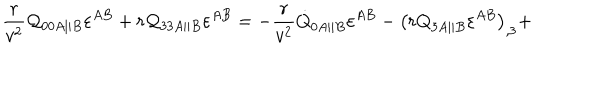
\frac r { v ^ { 2 } } { \cal Q } _ { 0 0 A | | B } \varepsilon ^ { A B } + r { \cal Q } _ { 3 3 A | | B } \varepsilon ^ { A B } = - \frac r { v ^ { 2 } } \dot { Q } _ { 0 A | | B } \varepsilon ^ { A B } - \left( r { Q } _ { 3 A | | B } \varepsilon ^ { A B } \right) _ { , 3 } +